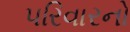
પરિવારનો